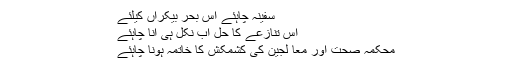
سفینہ چاہئے اس بحر بیکراں کیلئے
اس تنازعے کا حل اب نکل ہی آنا چاہئے
محکمۂ صحت اور معا لجین کی کشمکش کا خاتمہ ہونا چاہئے